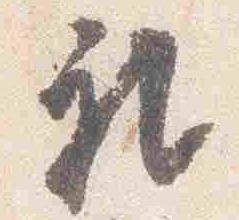
礼